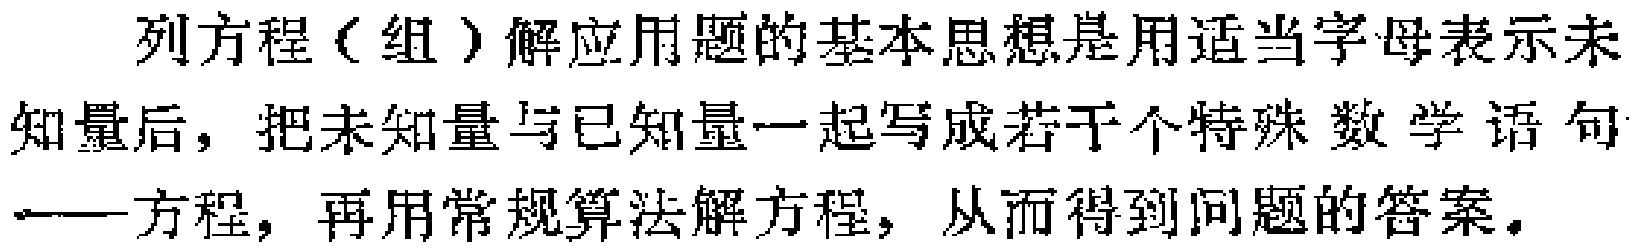
列方程（组）解应用题的基本思想是用适当字母表示未知量后，把未知量与已知量一起写成若干个特殊数学语句——方程，再用常规算法解方程，从而得到问题的答案。